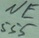
Text: NE555